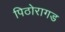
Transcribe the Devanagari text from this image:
पिठोरागड